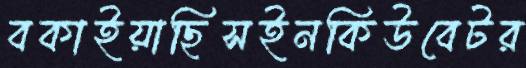
বকাইয়াছিসইনকিউবেটর